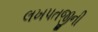
લખપતજીની